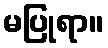
မပြုရာ။